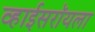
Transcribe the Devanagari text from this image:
व्हाईसरॉयला